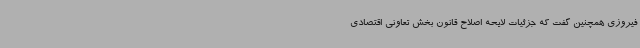
فیروزی همچنین گفت که جزئیات لایحه اصلاح قانون بخش تعاونی اقتصادی